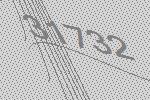
31732